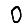
Digit: 0